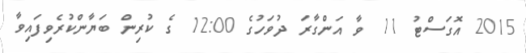
2015 އޮގަސްޓު 11 ވާ އަންގާރަ ދުވަހުގެ 12:00 ގެ ކުރިން ބަޔާންކުރެވިފައިވާ